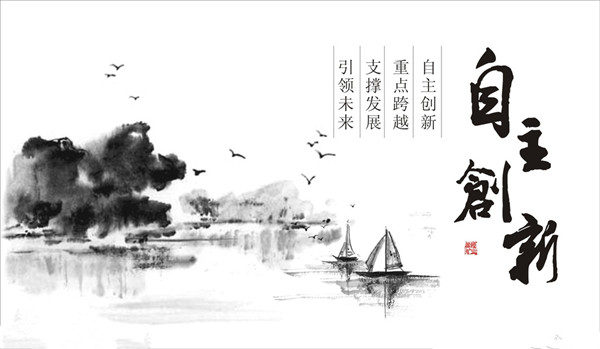
如何亡国恨，尽在大江东！